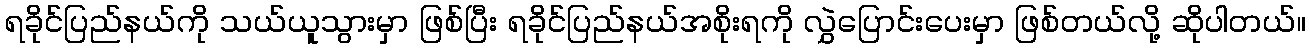
ရခိုင်ပြည်နယ်ကို သယ်ယူသွားမှာ ဖြစ်ပြီး ရခိုင်ပြည်နယ်အစိုးရကို လွှဲပြောင်းပေးမှာ ဖြစ်တယ်လို့ ဆိုပါတယ်။